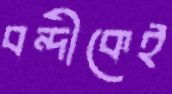
বন্দীকেই